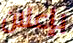
بإعلان